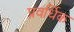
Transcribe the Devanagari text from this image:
प्रवर्धिक